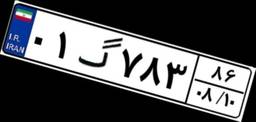
۰۱گ۷۸۳۸۶